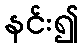
နင်း၍